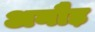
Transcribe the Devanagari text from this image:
अनौड़